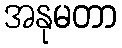
အနုမတာ